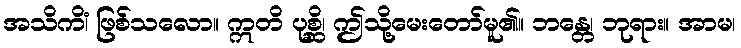
အသိကိံ၊ ဖြစ်သလော။ ဣတိ ပုစ္ဆိ၊ ဤသို့မေးတော်မူ၏။ ဘန္တေ၊ ဘုရား။ အာမ၊